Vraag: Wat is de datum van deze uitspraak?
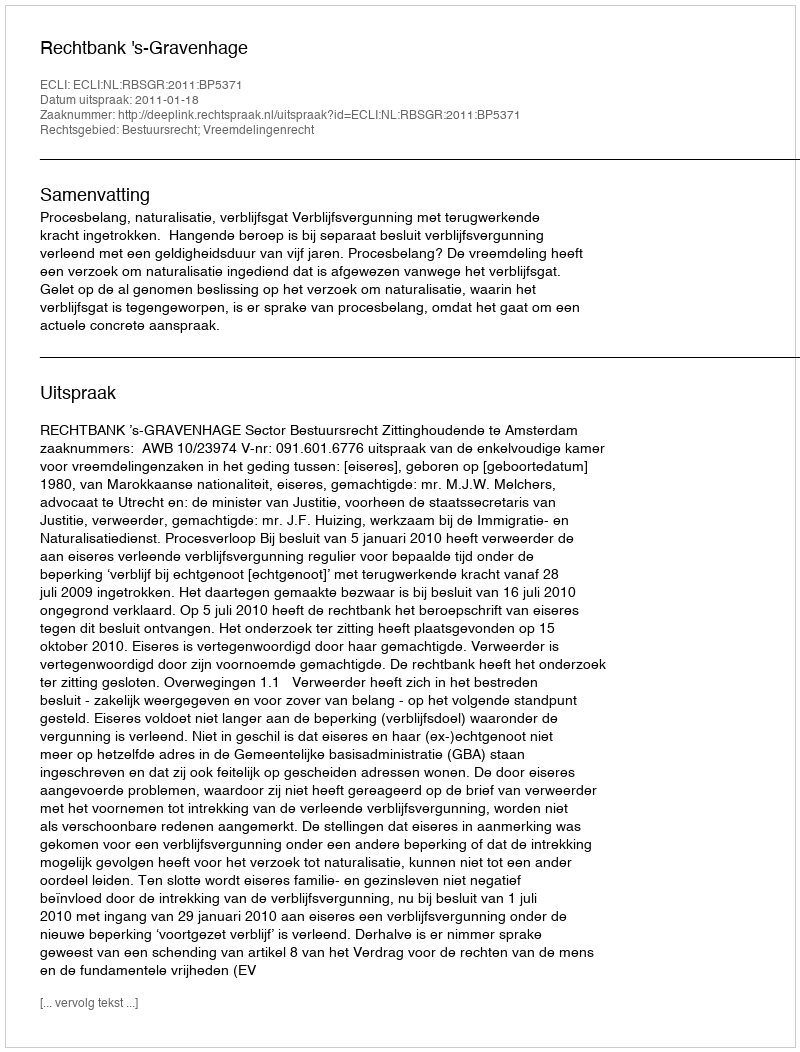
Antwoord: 2011-01-18